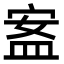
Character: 䀂